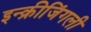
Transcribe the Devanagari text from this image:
इन्क्रीजिंगली